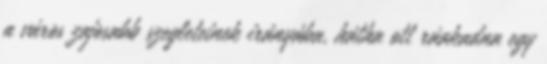
a város zajosabb szegleteinek irányába, hátha ott ráakadna egy